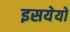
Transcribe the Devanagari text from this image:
इसयेयों